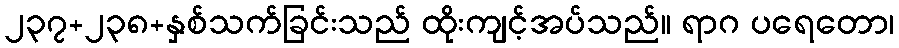
၂၃၇+၂၃၈+နှစ်သက်ခြင်းသည် ထိုးကျင့်အပ်သည်။ ရာဂ ပရေတော၊